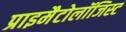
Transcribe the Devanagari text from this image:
प्राइमैटोलॉजिस्ट